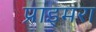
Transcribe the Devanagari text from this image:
प्राइमरा